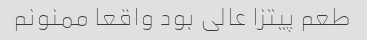
طعم پیتزا عالی بود واقعا ممنونم